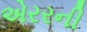
એરરની